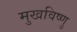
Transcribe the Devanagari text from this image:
मुखविष्णु